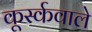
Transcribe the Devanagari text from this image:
कूर्स्कवाले